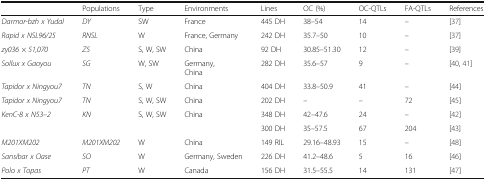
|  | Populations | Type | Environments | Lines | OC (%) | OC-QTLs | FA-QTLs | References |
 | --- | --- | --- | --- | --- | --- | --- | --- | --- |
 | Darmor-bzh x Yudal | DY | SW | France | 445 DH | 38–54 | 14 | – | [37] |
 | Rapid x NSL96/25 | RNSL | W | France, Germany | 242 DH | 35.7–50 | 10 | – | [37] |
 | zy036 × 51,070 | Z5 | S, W, SW | China | 92 DH | 30.85–51.30 | 12 | – | [39] |
 | Sollux x Gaoyou | SG | W, SW | Germany,China | 282 DH | 35.6–57 | 9 | – | [40, 41] |
 | Tapidor x Ningyou7 | TN | S, W | China | 404 DH | 33.8–50.9 | 41 | – | [44] |
 | Tapidor x Ningyou7 | TN | S, W, SW | China | 202 DH | – | – | 72 | [45] |
 | <ROWSPAN=2> KenC-8 x N53–2 | <ROWSPAN=2> KN | <ROWSPAN=2> S, W, SW | <ROWSPAN=2> China | 348 DH | 42–47.6 | 24 | – | [42] |
 | 300 DH | 35–57.5 | 67 | 204 | [43] |
 | M201XM202 | M201XM202 | W | China | 149 RIL | 29.16–48.93 | 15 | – | [48] |
 | Sansibar x Oase | SO | W | Germany, Sweden | 226 DH | 41.2–48.6 | 5 | 16 | [46] |
 | Polo x Topas | PT | W | Canada | 156 DH | 31.5–55.5 | 14 | 131 | [47] |